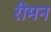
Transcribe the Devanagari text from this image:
रीमन